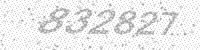
Solution: 832827